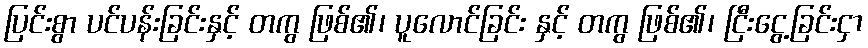
ပြင်းစွာ ပင်ပန်းခြင်းနှင့် တကွ ဖြစ်၏၊ ပူလောင်ခြင်း နှင့် တကွ ဖြစ်၏၊ ငြီးငွေ့ခြင်းငှာ